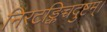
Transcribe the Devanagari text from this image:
निरटङ्किच्चदुष्टम्।